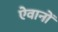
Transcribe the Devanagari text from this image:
ऐवानों